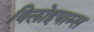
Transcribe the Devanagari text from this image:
विलोइयाम्स